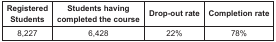
<table><thead><tr><td><b>Registered Students</b></td><td><b>Students having completed the course</b></td><td><b>Drop-out rate</b></td><td><b>Completion rate</b></td></tr></thead><tbody><tr><td>8,227</td><td>6,428</td><td>22%</td><td>78%</td></tr></tbody></table>